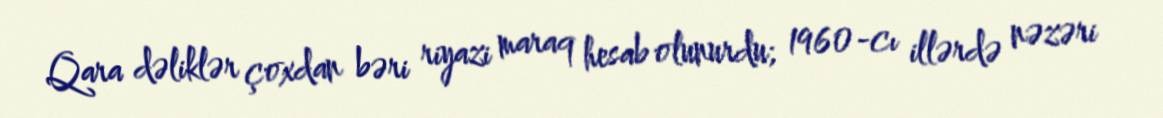
Qara dəliklər çoxdan bəri riyazi maraq hesab olunurdu; 1960-cı illərdə nəzəri